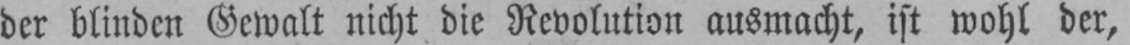
der blinden Gewalt nicht die Revolution ausmacht, ist wohl der,